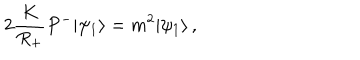
LaTeX: 2 \frac { K } { R _ { + } } P ^ { - } | \psi _ { 1 } \rangle = m ^ { 2 } | \psi _ { 1 } \rangle \, ,